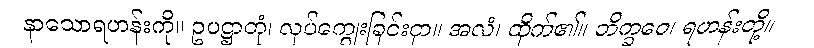
နာသောရဟန်းကို။ ဥပဋ္ဌာတုံ၊ လုပ်ကျွေးခြင်းငှာ။ အလံ၊ ထိုက်၏။ ဘိက္ခဝေ၊ ရဟန်းတို့။